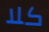
كلا